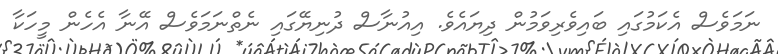
ނަމަވެސް އެކަމުގައި ބައިވެރިވަމުން ދިޔައެވެ. އިއުނާސް ދުނިޔޭގައި ނެތްނަމަވެސް އޭނާ އެހެން މީހަކާ